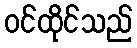
ဝင်ထိုင်သည်